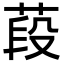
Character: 葮